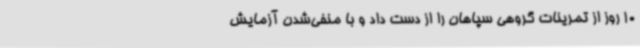
10 روز از تمرینات گروهی سپاهان را از دست داد و با منفی‌شدن آزمایش